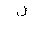
Letter: _lam